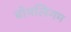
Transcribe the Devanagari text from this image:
बोथलिंगम